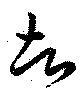
去